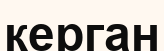
керган